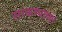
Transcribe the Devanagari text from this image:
सरकण्याच्या